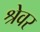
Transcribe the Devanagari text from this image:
श्रेवर